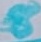
Text: 8